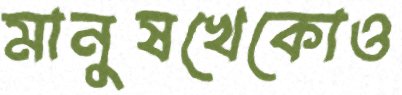
মানুষখেকোও